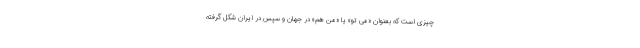
چیزی است که بعنوان «می تو» یا «من هم» در جهان و سپس در ایران شکل گرفته